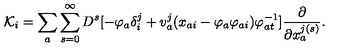
{ \cal K } _ { i } = \sum _ { a } \sum _ { s = 0 } ^ { \infty } D ^ { s } [ - \varphi _ { a } \delta _ { i } ^ { j } + v _ { a } ^ { j } ( x _ { a i } - \varphi _ { a } \varphi _ { a i } ) \varphi _ { a t } ^ { - 1 } ] \frac { \partial } { \partial x _ { a } ^ { j ( s ) } } .